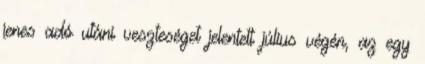
jenes adó utáni veszteséget jelentett július végén, az egy